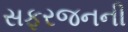
સફરજનની